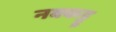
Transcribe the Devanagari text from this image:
नक्कट्टू